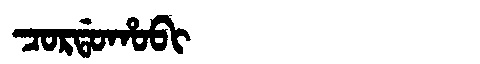
Manchu: ᠴᠣᡵᡩᠣᡥᠣᠪᡳ
Romanization: CORDOHOBI